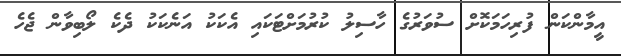
އީމާންކަން ފުރިހަމަކޮށް ސުވަރުގެ ހާސިލު ކުރުމަށްޓަކައި އެކަކު އަނެކަކު ދެކެ ލޯބިވާން ޖެހެ